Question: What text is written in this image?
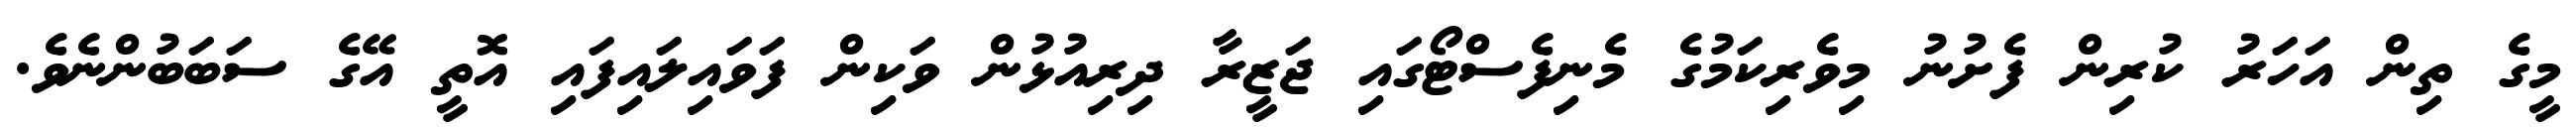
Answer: މީގެ ތިން އަހަރު ކުރިން ފެށުނު މިވެރިކަމުގެ މެނިފެސްޓޯގައި ޖަޒީރާ ދިރިއުޅުން ވަކިން ފަވައިލައިފައި އޮތީ އޭގެ ސަބަބުންނެވެ.